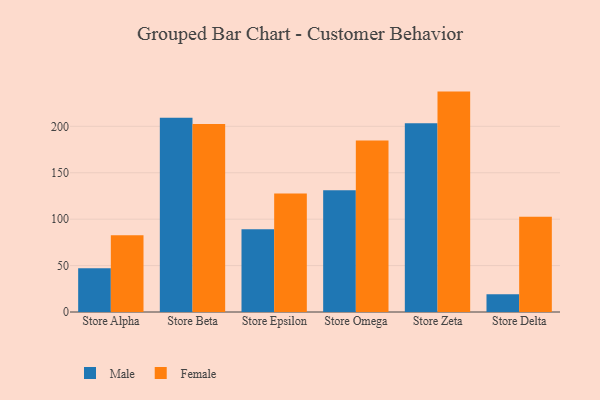
{"axis": {"x": "Store", "y": "Market Share (%)"}, "legend": ["Female", "Male"], "data": [{"x": "Store Alpha", "y": 47.0, "type": "Male"}, {"x": "Store Alpha", "y": 82.6, "type": "Female"}, {"x": "Store Beta", "y": 209.3, "type": "Male"}, {"x": "Store Beta", "y": 202.4, "type": "Female"}, {"x": "Store Epsilon", "y": 89.2, "type": "Male"}, {"x": "Store Epsilon", "y": 127.6, "type": "Female"}, {"x": "Store Omega", "y": 131.2, "type": "Male"}, {"x": "Store Omega", "y": 184.6, "type": "Female"}, {"x": "Store Zeta", "y": 203.4, "type": "Male"}, {"x": "Store Zeta", "y": 237.4, "type": "Female"}, {"x": "Store Delta", "y": 19.2, "type": "Male"}, {"x": "Store Delta", "y": 102.7, "type": "Female"}]}